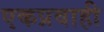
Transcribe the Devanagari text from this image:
एकप्रवाही